Dysentery and liver abscess in Bombay - Number 47
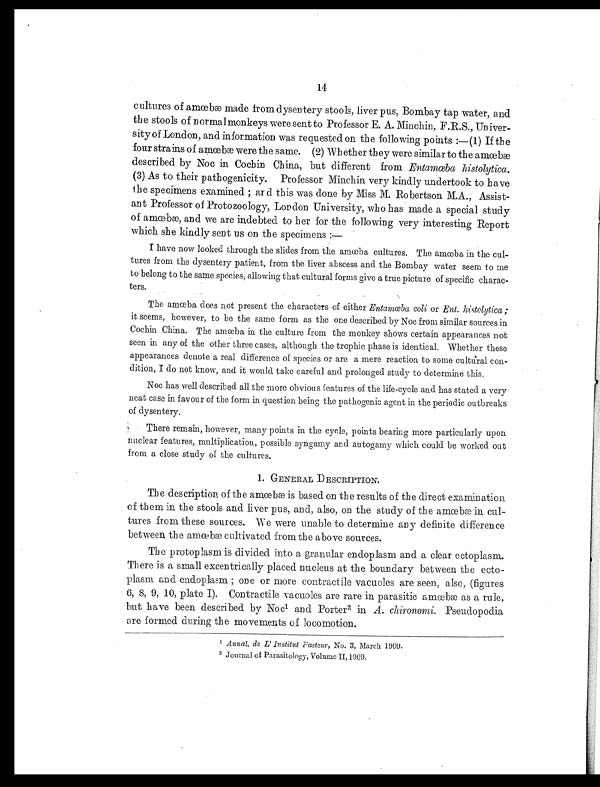
14
c u l t u r e s o f a m œ b æ m a d e f r o m d y s e n t e r y s t o o l s , l i v e r p u s , B o m b a y t a p w a t e r , a n d
the stools of normal monkeys were sent to Professor E. A. Minchin, F.R.S., Univer
- s i t y o f L o n d o n , a n d i n f o r m a t i o n w a s r e q u e s t e d o n t h e f o l l o w i n g p o i n t s : — ( 1 ) I f t h e
f o u r s t r a i n s o f a mœb æ w e r e t h e s a me . ( 2 ) Wh e t h e r t h e y w e r e s i mi l a r t o t h e a mœb æ
described by Noc in Cochin China, but different from En t a mœb a h i s t o l y t i c a.
(3) As to their pathogenicity. Professor Minchin very kindly undertook to have
the specimens examined ; and this was done by Miss M. Robertson M.A., Assist
- a n t P r o f e s s o r o f P r o t o z o o l o g y , L o n d o n U n i v e r s i t y , w h o h a s m a d e a s p e c i a l s t u d y
o f a m œ b æ , a n d w e a r e i n d e b t e d t o h e r f o r t h e f o l l o w i n g v e r y i n t e r e s t i n g R e p o r t
which she kindly sent us on the specimens :
—
I have now looked through the slides from the am
œba cultures. The am
œba in the cul
- t u r e s f r o m t h e d y s e n t e r y p a t i e n t , f r o m t h e l i v e r a b s c e s s a n d t h e B o m b a y w a t e r s e e m t o m e
to belong to the same species, allowing that cultural forms give a true picture of specific charac
- t e r s .
The am
œba does not present the characters of either Ent amœba col i o r
E n t . h i s t o l y t i c a
;
it seems, however, to be the same form as the one described by Noc from similar sources in
C o c h i n C h i n a . T h e a mœb a i n t h e c u l t u r e f r o m t h e mo n k e y s h o w s c e r t a i n a p p e a r a n c e s n o t
seen in any of the other three cases, although the trophic phase is identical. Whether these
appearances denote a real difference of species or are a mere reaction to some cultural con
-dition, I do not know, and it would, take careful and prolonged study to determine this.
Noc has well described all the more obvious features of the life-cycle and has stated a very
neat case in favour of the form in question being the pathogenic agent in the periodic outbreaks
of dysentery.
There remain, however, many points in the cycle, points bearing more particularly upon
nuclear features, multiplication, possible syngamy and autogamy which could be worked out
from a close study of the cultures.
1. GENERAL DESCRIPTION.
The descr i pt i on of t he amœbæ i s based on t he r esul t s of t he di r ect exami nat i on
of them in the stools and liver pus, and, also, on the study of the ameebm in cul
- t u r e s f r o m t h e s e s o u r c e s . W e w e r e u n a b l e t o d e t e r m i n e a n y d e f i n i t e d i f f e r e n c e
bet ween t he amœbæ c ul t i v at ed f r om t he abov e s our c es .
The protoplasm is divided into a granular endoplasm and a clear ectoplasm.
There is a small excentrically placed nucleus at the boundary between the ecto
- p l a s m a n d e n d o p l a s m ; o n e o r m o r e c o n t r a c t i l e v a c u o l e s a r e s e e n , a l s o , ( f i g u r e s
6, 8, 9, 10, plate I). Contractile vacuoles are rare in parasitic amœbæ as a rule,
but have been described by Noc1 a n d P o r t e r
2 i n
A . c h i r o n o m i
. P s e u d o p o d i a
are formed during the movements of locomotion.
1A
n n a l . d e L ' I n s t i t u t P a s t e u r
, No. 3, March 1909. 2J
o u r n a l o f P a r a s i t o l o g y , V o l u m e I I , 1 9 0 9 .